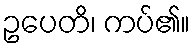
ဥပေတိ၊ ကပ်၏။